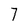
Character: 7